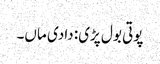
پوتی بول پڑی: دادی ماں۔